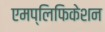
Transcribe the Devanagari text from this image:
एमप्लिफिकेशन